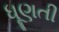
ધૂણતી